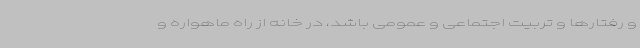
و رفتارها و تربیت اجتماعی و عمومی باشد، در خانه از راه ماهواره و